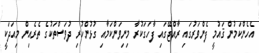
އެހެންކަމުން ޤައުމީ ފެންވަރުގައި ރާއްޖޭގައި ފާހަގަކުރާ މިނިވަންކަމާއި ގުޅުންހުރި ދުވަސްތަކުގެ ތެރެއިން މިއަދަކީ